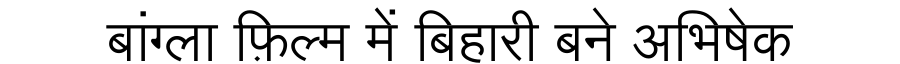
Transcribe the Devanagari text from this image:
बांग्ला फ़िल्म में बिहारी बने अभिषेक